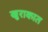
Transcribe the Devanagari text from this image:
खुराकात